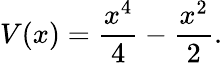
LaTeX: V(x)=\frac{x^{4}}{4}-\frac{x^{2}}{2}.